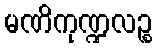
မဏိကုဏ္ဍလဉ္စ